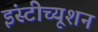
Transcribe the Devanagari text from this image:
इंस्‍टीच्‍यूशन